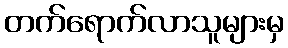
တက်ရောက်လာသူများမှ